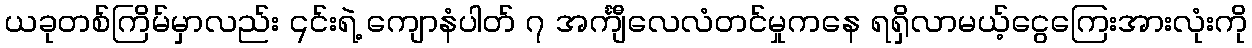
ယခုတစ်ကြိမ်မှာလည်း ၎င်းရဲ့ ကျောနံပါတ် ၇ အင်္ကျီလေလံတင်မှုကနေ ရရှိလာမယ့်ငွေကြေးအားလုံးကို